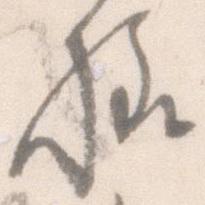
様